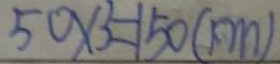
5 0 \times 3 = 1 5 0 ( k m )